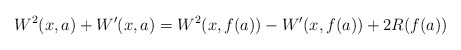
\begin{align*}W^2(x,a)+W'(x,a)=W^2(x,f(a))-W'(x,f(a))+2R(f(a))\end{align*}